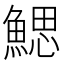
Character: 鰓